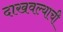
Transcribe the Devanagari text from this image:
दाखवल्याची